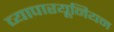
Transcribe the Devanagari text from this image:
व्यापारयूनियन